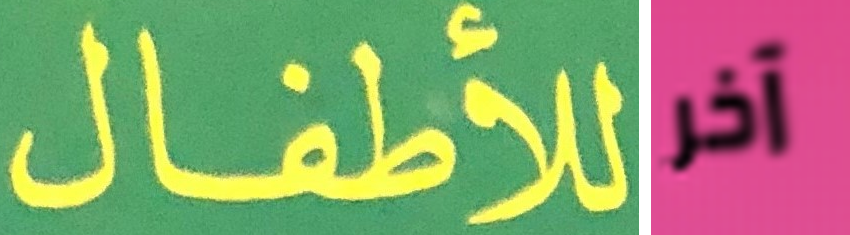
للأطفال آخر